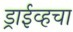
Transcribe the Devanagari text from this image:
ड्राईव्हचा